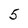
Character: 5